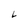
Character: L